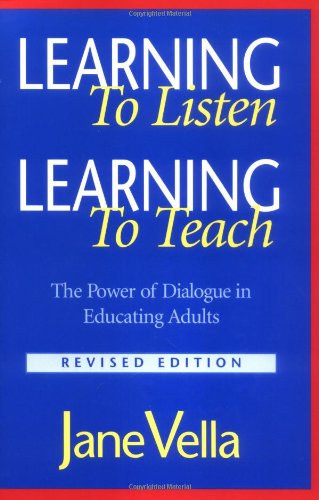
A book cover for Learning to Listen, Learning to Teach: The Power of Dialogue in Educating Adults; Jane Vella; Education & Teaching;